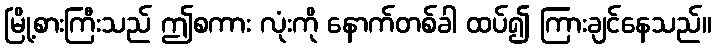
မြို့စားကြီးသည် ဤစကား လုံးကို နောက်တစ်ခါ ထပ်၍ ကြားချင်နေသည်။